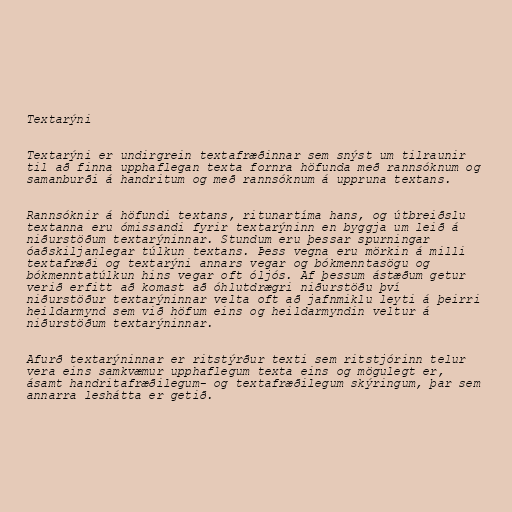
Textarýni

Textarýni er undirgrein textafræðinnar sem snýst um tilraunir
til að finna upphaflegan texta fornra höfunda með rannsóknum og
samanburði á handritum og með rannsóknum á uppruna textans.

Rannsóknir á höfundi textans, ritunartíma hans, og útbreiðslu
textanna eru ómissandi fyrir textarýninn en byggja um leið á
niðurstöðum textarýninnar. Stundum eru þessar spurningar
óaðskiljanlegar túlkun textans. Þess vegna eru mörkin á milli
textafræði og textarýni annars vegar og bókmenntasögu og
bókmenntatúlkun hins vegar oft óljós. Af þessum ástæðum getur
verið erfitt að komast að óhlutdrægri niðurstöðu því
niðurstöður textarýninnar velta oft að jafnmiklu leyti á þeirri
heildarmynd sem við höfum eins og heildarmyndin veltur á
niðurstöðum textarýninnar.

Afurð textarýninnar er ritstýrður texti sem ritstjórinn telur
vera eins samkvæmur upphaflegum texta eins og mögulegt er,
ásamt handritafræðilegum- og textafræðilegum skýringum, þar sem
annarra leshátta er getið.